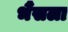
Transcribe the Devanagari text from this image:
भैंसला